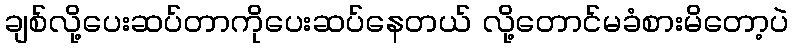
ချစ်လို့ပေးဆပ်တာကိုပေးဆပ်နေတယ် လို့တောင်မခံစားမိတော့ပဲ